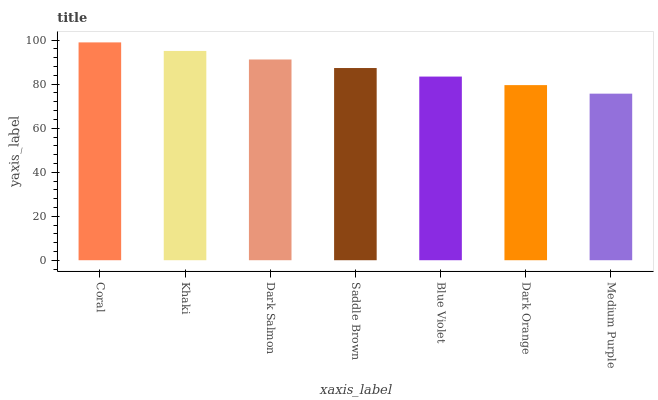
| xaxis_label | bars |
 | --- | --- |
 | Coral | 99 |
 | Khaki | 95.1 |
 | Dark Salmon | 91.2 |
 | Saddle Brown | 87.4 |
 | Blue Violet | 83.5 |
 | Dark Orange | 79.6 |
 | Medium Purple | 75.7 |